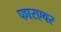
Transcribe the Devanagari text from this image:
फारएवर